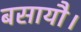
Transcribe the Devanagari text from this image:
बसायौ।